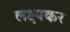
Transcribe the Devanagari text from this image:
लक्ष्यकर